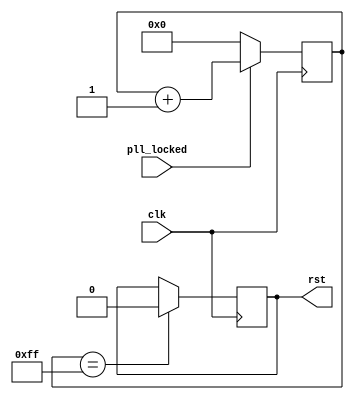
module resetGenerator(input clk, input pll_locked, output rst);

	reg [7:0] resetstate = 0;
	reg rst = 1;

	always @(posedge clk) begin
		resetstate <= pll_locked ? (resetstate + 1) : 0;
        if (resetstate == 255) rst <= 0;
	end
	
endmodule